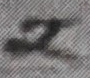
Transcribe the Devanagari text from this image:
२